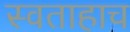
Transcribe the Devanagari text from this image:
स्वताहाच